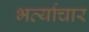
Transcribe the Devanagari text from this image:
भर्त्याचार